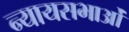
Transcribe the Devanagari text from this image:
न्यायसभाओं